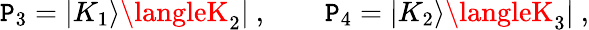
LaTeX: \mathtt{P}_{3}=|K_{1}\rangle\langleK_{2}|\ ,\qquad\mathtt{P}_{4}=|K_{2}\rangle\langleK_{3}|\ ,